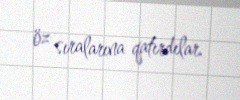
öz sıralarına qatırdılar.